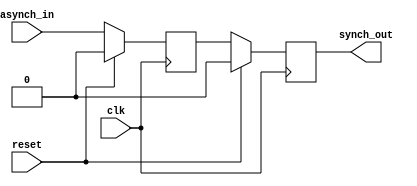
module synch(asynch_in,clk,synch_out,reset);
input clk;
input asynch_in;
input reset;
output synch_out;
reg q1,synch_out;
//wire rst;
//assign rst = synch_out||reset;

//
always @(posedge clk)
	begin 
		if(reset)
			q1 <= 0;
		else
			q1 <= asynch_in;
	end

//er
always@(posedge clk )
	begin
		if(reset)
			synch_out <= 0;
		else
			synch_out <= q1;
	end
endmodule